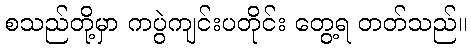
စသည်တို့မှာ ကပွဲကျင်းပတိုင်း တွေ့ရ တတ်သည်။